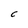
Character: c